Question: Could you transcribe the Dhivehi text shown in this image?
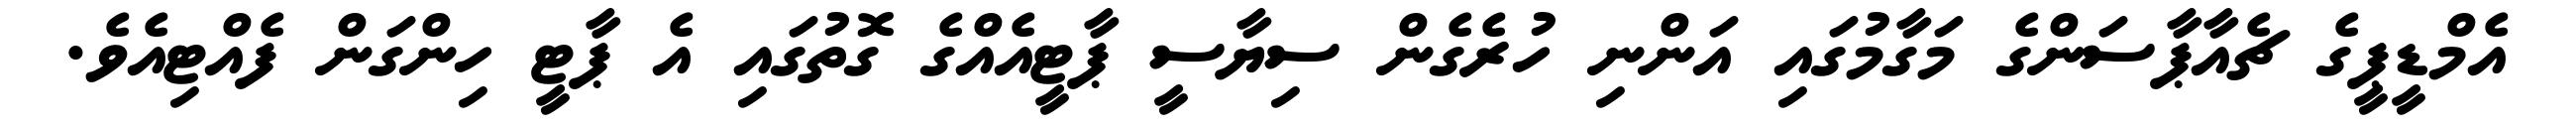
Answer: އެމްޑީޕީގެ ޗެއާޕާސަންގެ މަގާމުގައި އަންނި ހުރެގެން ސިޔާސީ ޕާޓީއެއްގެ ގޮތުގައި އެ ޕާޓީ ހިންގަން ފެއްޓިއެވެ.